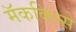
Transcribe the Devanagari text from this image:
मॅककिन्से